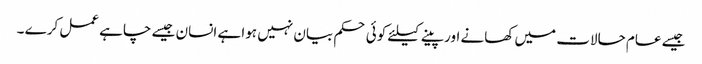
جیسے عام حالات میں کھانے اور پینے کیلئے کوئی حکم بیان نہیں ہوا ہے انسان جیسے چاہے عمل کرے ۔